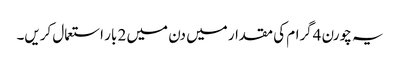
یہ چورن 4گرام کی مقدار میں دن میں 2 بار استعمال کریں۔